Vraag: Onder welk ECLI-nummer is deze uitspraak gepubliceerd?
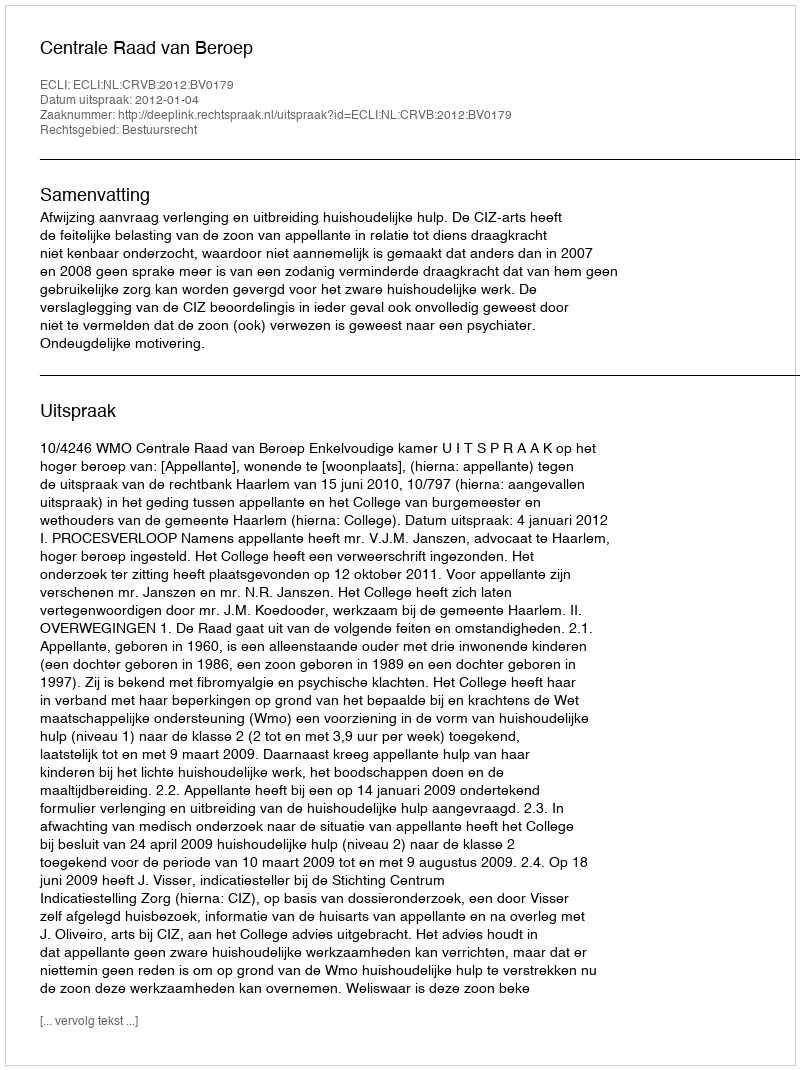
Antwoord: ECLI:NL:CRVB:2012:BV0179